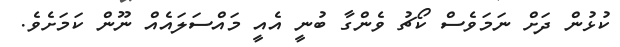
ކުޅުން ދަށް ނަމަވެސް ކޯޗު ވެންގާ ބުނީ އެއީ މައްސަލައެއް ނޫން ކަމަށެވެ.